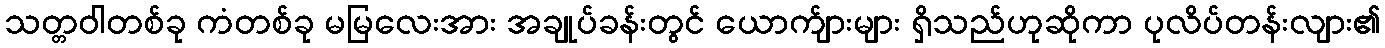
သတ္တဝါတစ်ခု ကံတစ်ခု မမြလေးအား အချုပ်ခန်းတွင် ယောက်ျားများ ရှိသည်ဟုဆိုကာ ပုလိပ်တန်းလျား၏